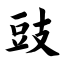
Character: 豉